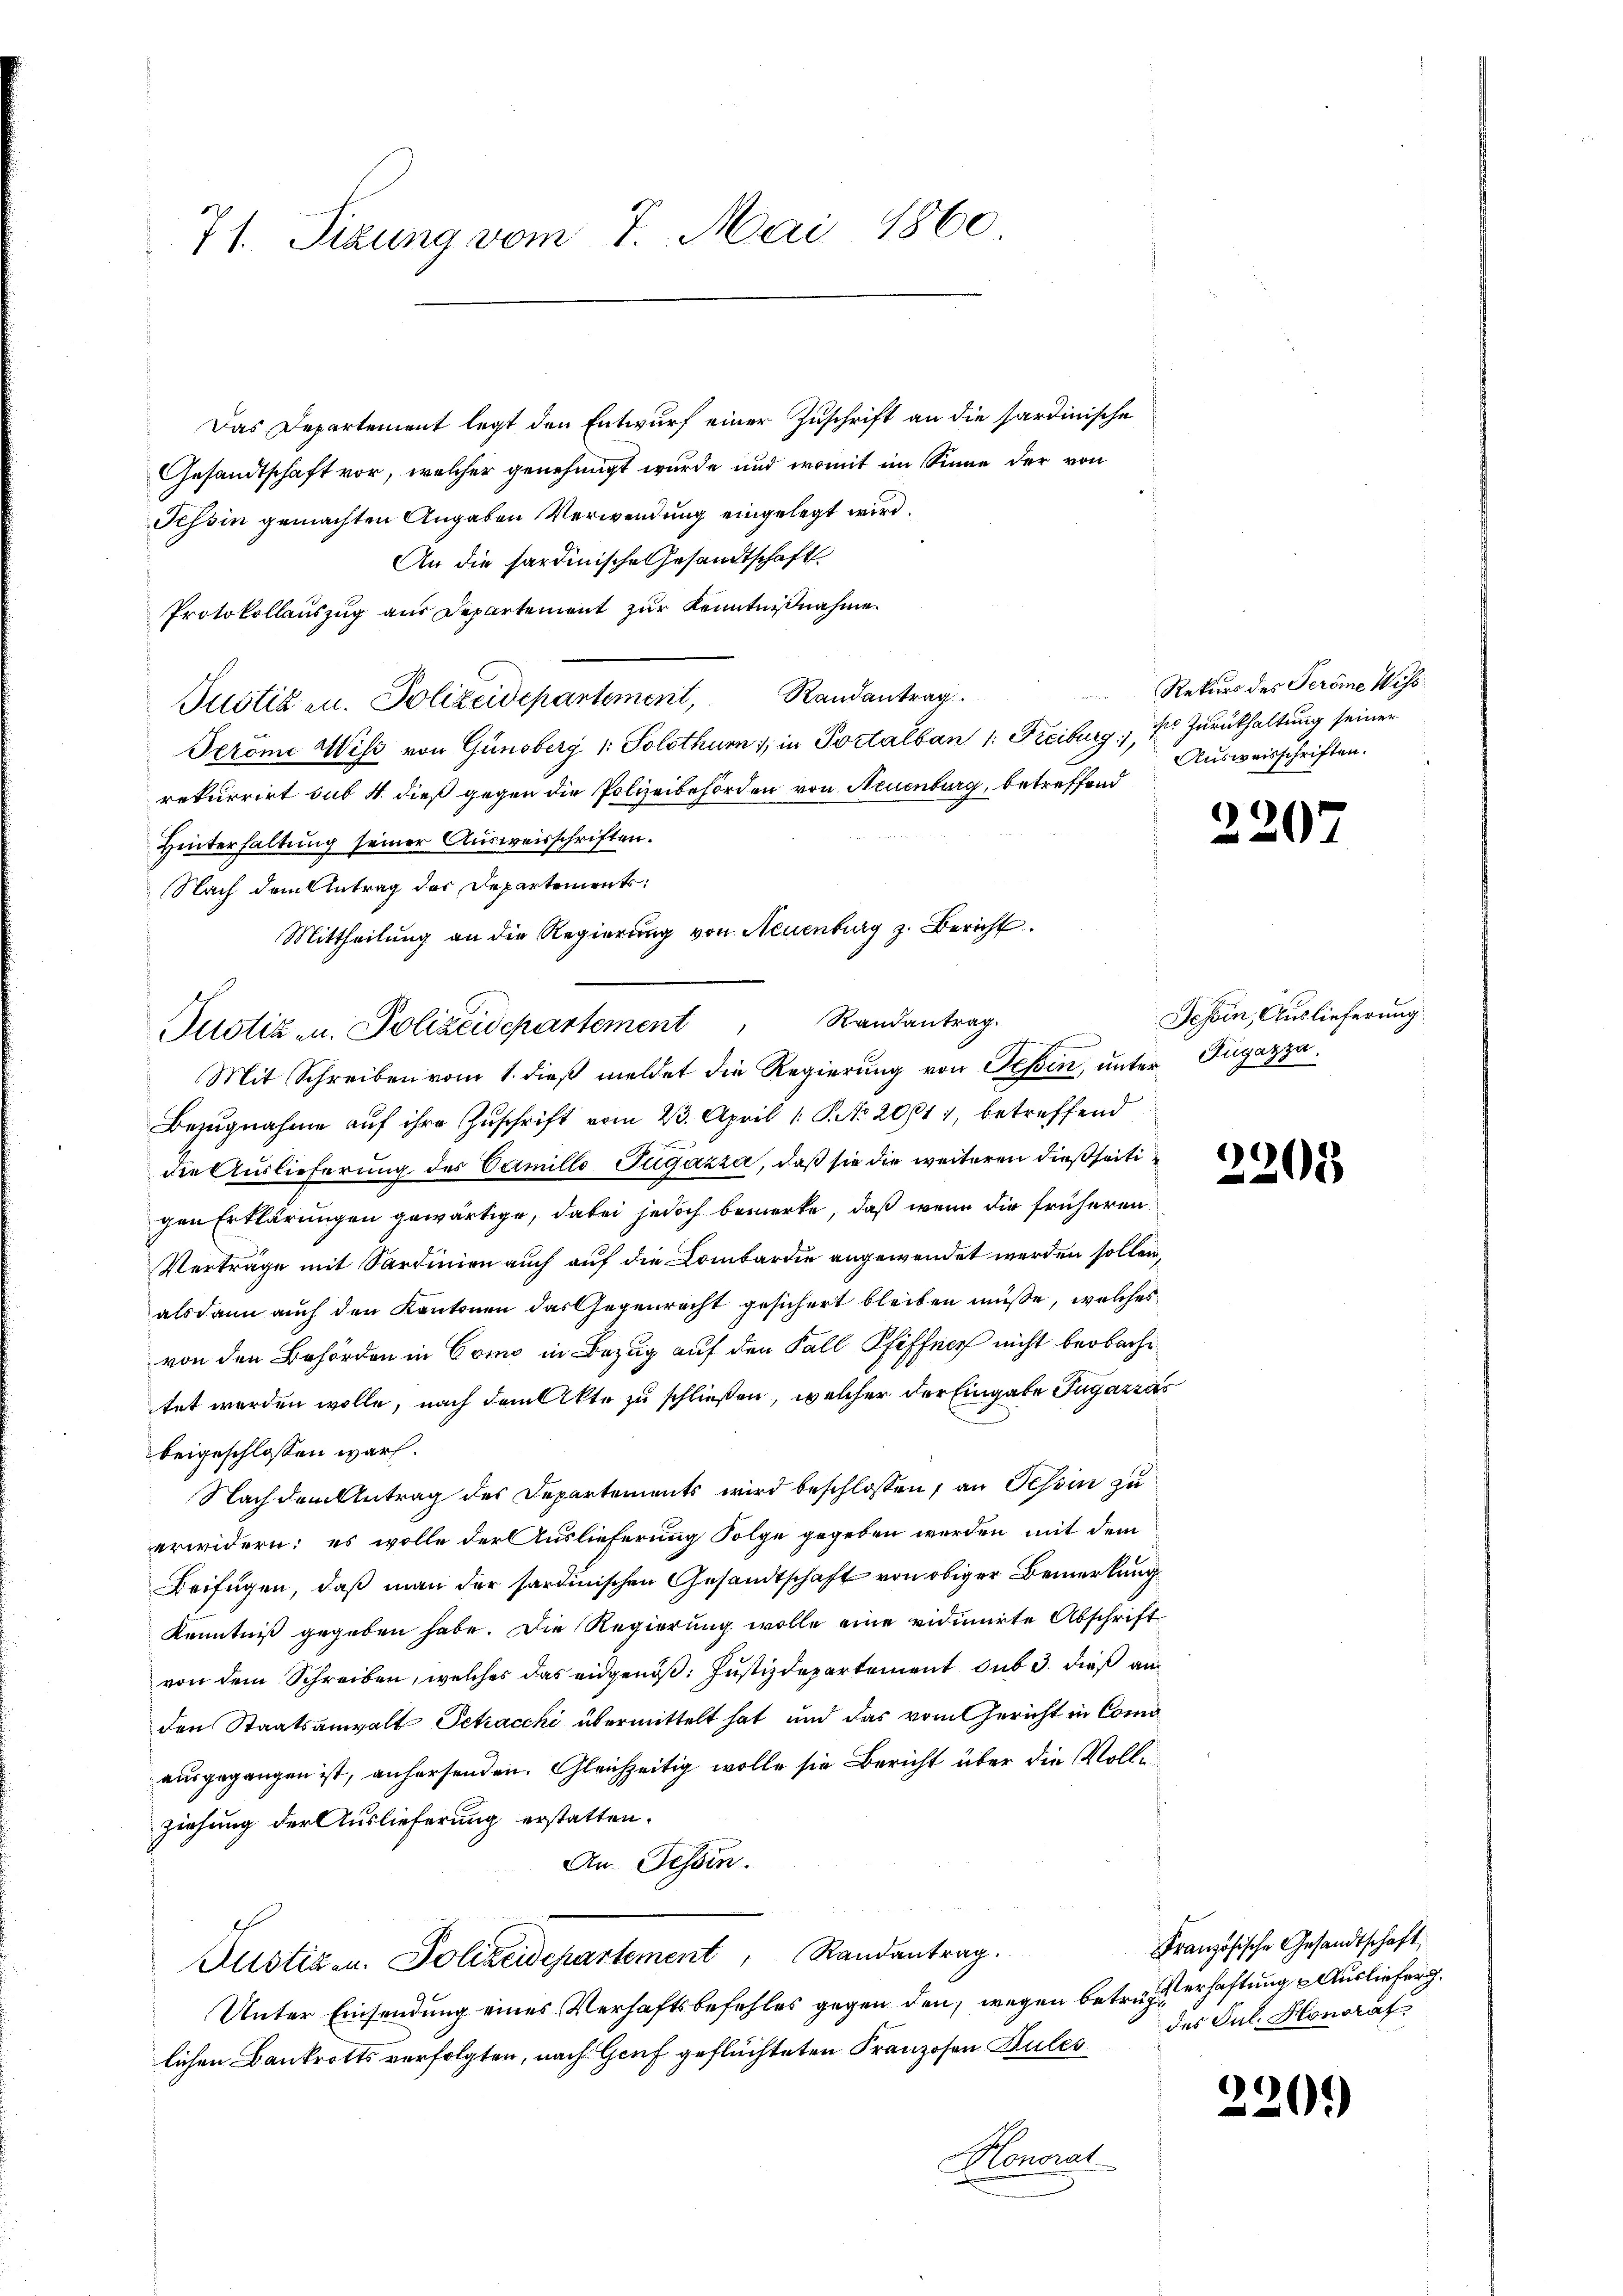
71. Sizung vom 7. Mai 1860.

Das Departement legt den Entwurf einer Zuschrift an die sardinische
Gesandtschaft vor, welcher genehmigt wurde und womit im Sinne der von
Tessin gemachten Angaben Verwendung eingelegt wird.
An die hardinische Gesandtschaft
Protokollauszug aus Departement zur Kenntnißnahme.
Justizen. Polizeidepartement, Randantrag
Peröme Wiss von Günsberg (: Solothur 1, in Portalban 1. Freiburg, 1. Zurükhaltung seiner
rekurrirt sub 4. dieß gegen die Polizeibehörden von Neuenburg, betreffend
Hinterhaltung seiner Ausweisschriften.
Nach dem Antrag der Departements:
Mittheilung an die Regierung von Neuenburg z. Bericht
Justiz u. Polizeidepartement Randantrag.

Rekurs des Peröme Wiss
Ausweisschriften.

Mit Schreiben vom 1. dieß meldet die Regierung von Teßin, unter Dugazza¬
Bezugnahme auf ihre Zuschrift vom 23. April 1 S. No. 2061 1, betreffend
die Auslieferung des Camillo Tugazza, daß sie die weiteren dießseitigen Erklärungen gewärtige, dabei jedoch bemerke, daß wenn die früheren
Verträge mit Sardinien auch auf die Combardie angewendet werden sollen,
als dann auch den Kantonen das Gegenrecht gesichert bleiben müsse, welches
von den Behörden in Como in Bezug auf den Fall Pfiffen nicht beobache
tet werden wolle, nach dem Akte zu schließen, welcher der Eingabe Tugazzas
beigeschlossen war.
Nach dem Antrag des Departements wird beschlossen, an Tessin zu
erwidern: es wolle der Auslieferung Folge gegeben werden mit dem
Beifügen, daß man der hartinischen Gesandtschaft von obiger Bemerkung
Kenntniß gegeben habe. Die Regierung wolle eine vidimirte Abschrift
von dem Schreiben, welches das eidgenöß: Justizdepartement sub 3. dieß an
den Staatsanwalt Petracchi übermittelt hat und das vom Gericht in Comausgegangen ist, anhersenden. Gleichzeitig wolle sie Bericht über die Volle
ziehung der Auslieferung erstatten.
An Tessin.
Justiz u. Polizeidepartement Randantrag.
Unter Einsendung eines Verhaftsbefehles gegen den, wegen beträgt erhaftung Ausliefer
lichen Bankrotts verfolgten, nach Genf geflüchteten Franzosen Sules
Honorat

)
2207

)
208

Tessin, Auslieferung

Französische Gesandtschaft,
des Jul. Honorat

220.)